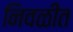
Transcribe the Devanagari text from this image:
निवळीत